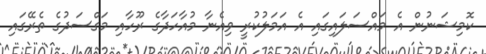
ކޮމިޝަނުން އެ މައްސަލައިގައި އެ އަމަލުކުރީ ވިއެނާ މުއާހަދާގެ ރޫހާއި މަގްސަދުގެ ތެރޭގައި